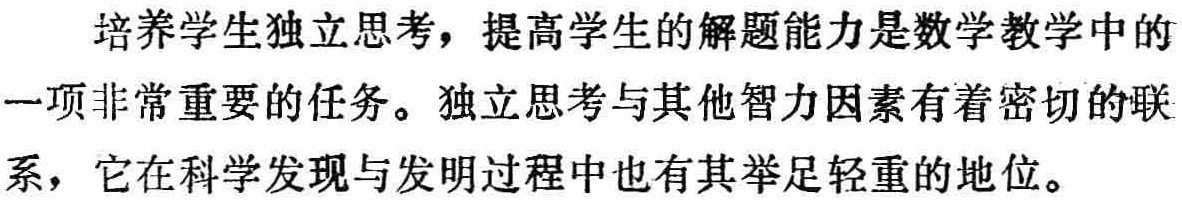
培养学生独立思考，提高学生的解题能力是数学教学中的一项非常重要的任务。独立思考与其他智力因素有着密切的联系，它在科学发现与发明过程中也有其举足轻重的地位。